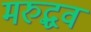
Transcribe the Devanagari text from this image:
मरुद्धव